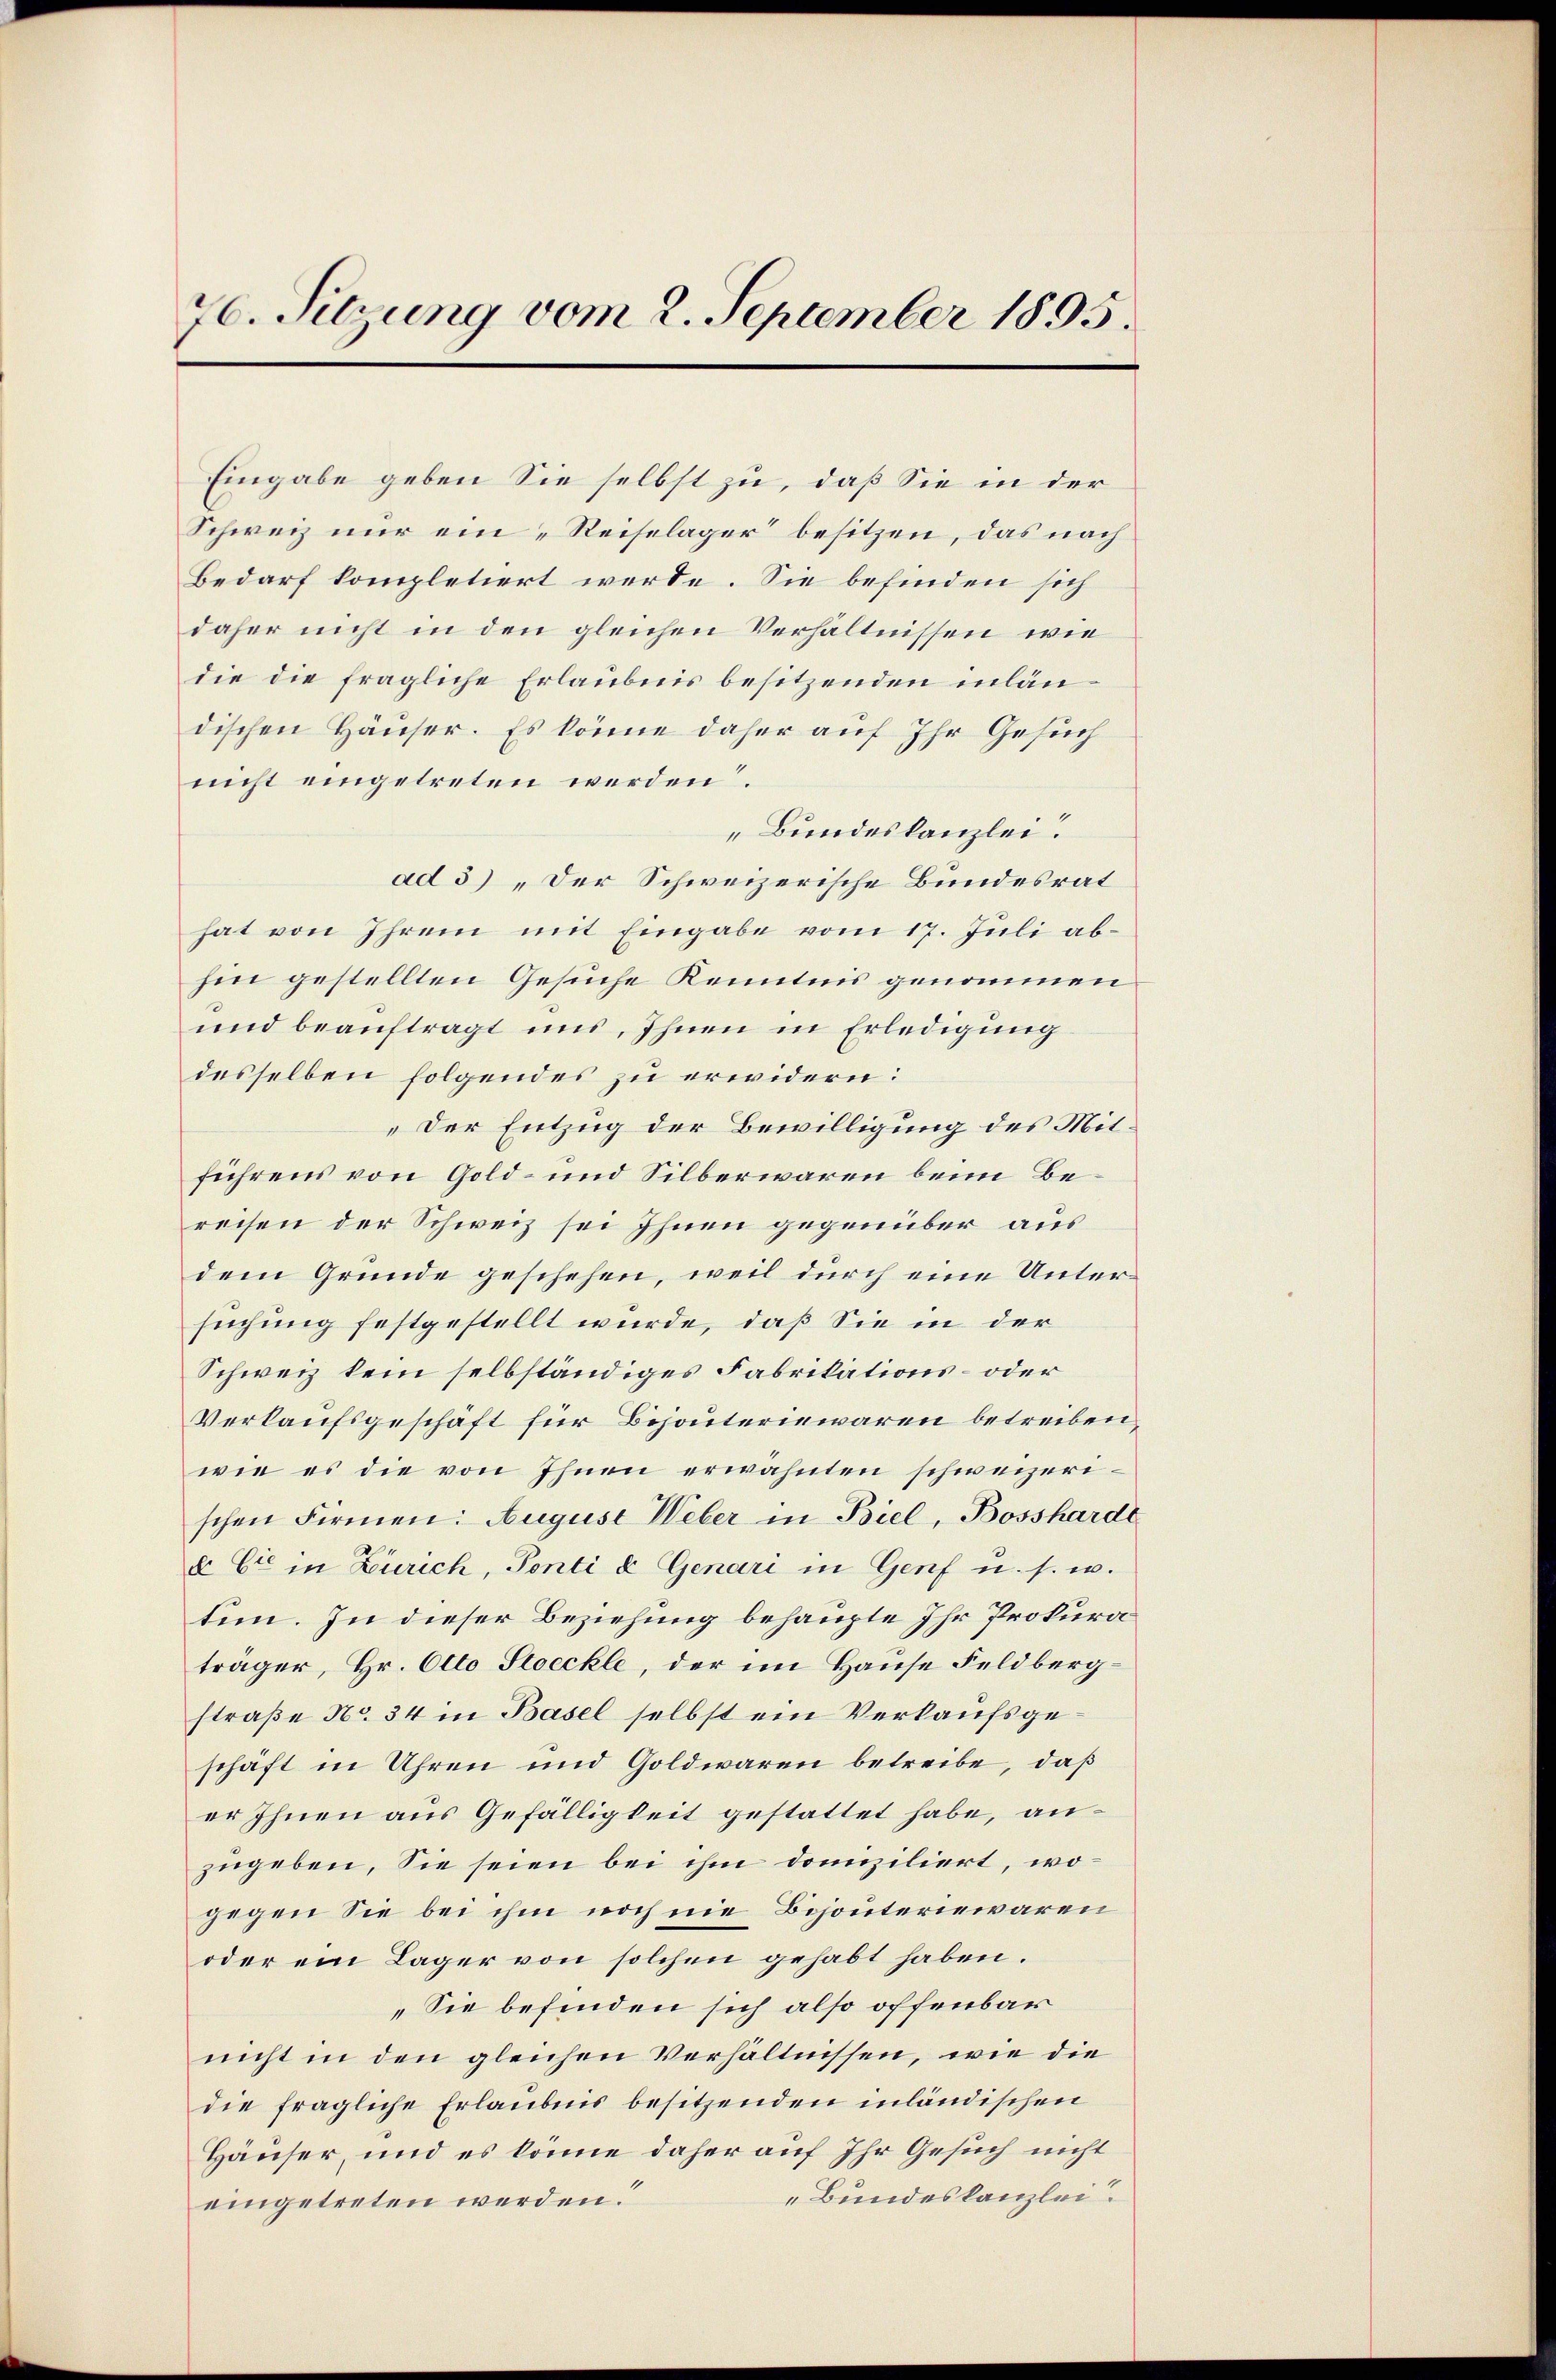
76. Sitzung vom 2. September 1895.

Eingabe geben Sie selbst zu, daß Sie in der
Schweiz nur ein „Reiselager besitzen, das nach
Bedarf kompletiert werde. Sie befinden sich
daher nicht in den gleichen Verhältnissen wie
die die fragliche Erlaubnis besitzenden inländischen Häuser. Es könne daher auf Ihr Gesuch
nicht eingetreten werden.
„Bundeskanzlei.
ad 3) „Der Schweizerische Bundesrat
hat von Ihrem mit Eingabe vom 17. Juli abhin gestellten Gesuche Kenntnis genommen
und beauftragt uns, Ihnen in Erledigung
desselben folgendes zu erwidern:
„Der Entzug der Bewilligung des Mitführens von Gold- und Silberwaren beim Bereisen der Schweiz sei Ihnen gegenüber aus
dem Grunde geschehen, weil durch eine Untersuchung festgestellt wurde, daß Sie in der
Schweiz kein selbständiges Fabrikations- oder
Verkaufsgeschäft für Bijouteriewaren betreiben,
wie es die von Ihnen erwähnten schweizerischen Firmen: August Weber in Biel, Bossharde
& Cie in Zürich, Ponti & Genari in Genf u. s. w.
tin. In dieser Beziehung behaupte Ihr Prokuraträger, Hr. Otto Stoeckle, der im Hause Feldbergstraße No. 34 in Basel selbst ein Verkaufsgeschäft in Uhren und Goldwaren betreibe, daß
er Ihnen aus Gefälligkeit gestattet habe, anzugeben. Sie seien bei ihm domiziliert, wogegen Sie bei ihm noch nie Bejouteriewaren
oder ein Lager von solchen gehabt haben.
„Sie befinden sich also offenbar
nicht in den gleichen Verhältnissen, wie die
die fragliche Erlaubnis besitzenden inländischen
Häuser, und es könne daher auf Ihr Gesuch nicht
Bundeskanzlei.
eingetreten werden.